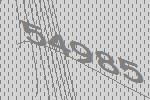
54985